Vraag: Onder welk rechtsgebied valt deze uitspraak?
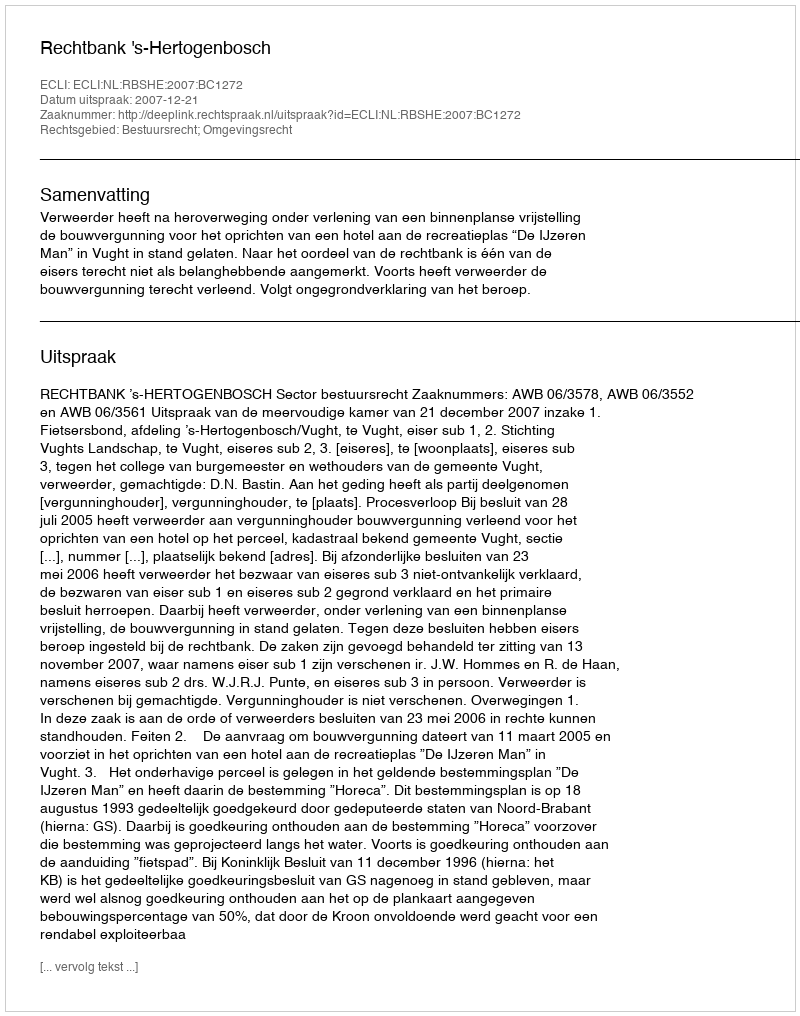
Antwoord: Bestuursrecht; Omgevingsrecht